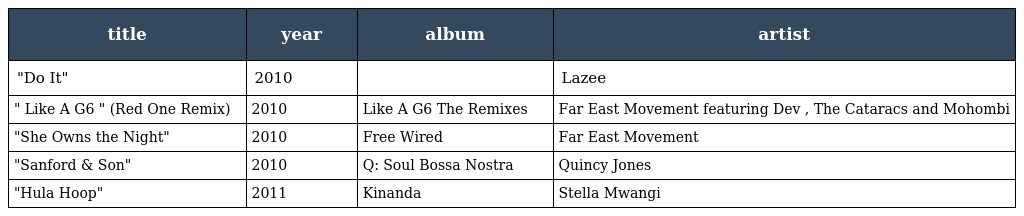
| title | year | album | artist |
 | --- | --- | --- | --- |
 | "Do It" | 2010 |  | Lazee |
 | " Like A G6 " (Red One Remix) | 2010 | Like A G6 The Remixes | Far East Movement featuring Dev , The Cataracs and Mohombi |
 | "She Owns the Night" | 2010 | Free Wired | Far East Movement |
 | "Sanford & Son" | 2010 | Q: Soul Bossa Nostra | Quincy Jones |
 | "Hula Hoop" | 2011 | Kinanda | Stella Mwangi |